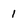
Character: 1